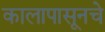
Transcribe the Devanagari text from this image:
कालापासूनचे